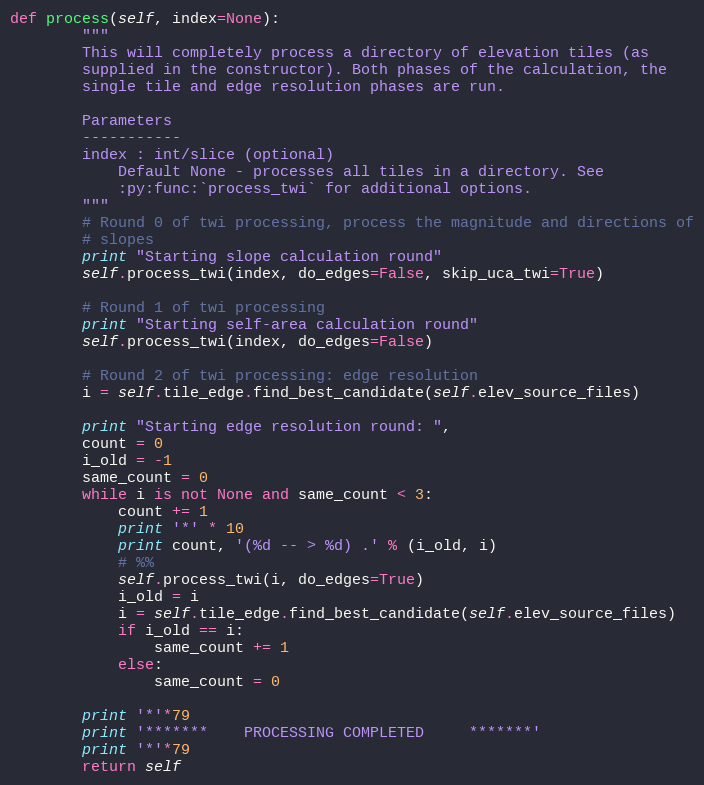
Language: Python
def process(self, index=None):
        """
        This will completely process a directory of elevation tiles (as
        supplied in the constructor). Both phases of the calculation, the
        single tile and edge resolution phases are run.

        Parameters
        -----------
        index : int/slice (optional)
            Default None - processes all tiles in a directory. See
            :py:func:`process_twi` for additional options.
        """
        # Round 0 of twi processing, process the magnitude and directions of
        # slopes
        print "Starting slope calculation round"
        self.process_twi(index, do_edges=False, skip_uca_twi=True)

        # Round 1 of twi processing
        print "Starting self-area calculation round"
        self.process_twi(index, do_edges=False)

        # Round 2 of twi processing: edge resolution
        i = self.tile_edge.find_best_candidate(self.elev_source_files)

        print "Starting edge resolution round: ",
        count = 0
        i_old = -1
        same_count = 0
        while i is not None and same_count < 3:
            count += 1
            print '*' * 10
            print count, '(%d -- > %d) .' % (i_old, i)
            # %%
            self.process_twi(i, do_edges=True)
            i_old = i
            i = self.tile_edge.find_best_candidate(self.elev_source_files)
            if i_old == i:
                same_count += 1
            else:
                same_count = 0

        print '*'*79
        print '*******    PROCESSING COMPLETED     *******'
        print '*'*79
        return self